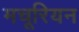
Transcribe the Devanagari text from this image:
मचूरियन